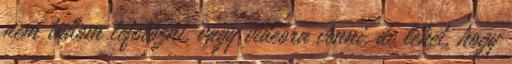
nem tudom lefotózni, vagy videóra venni, de lehet, hogy